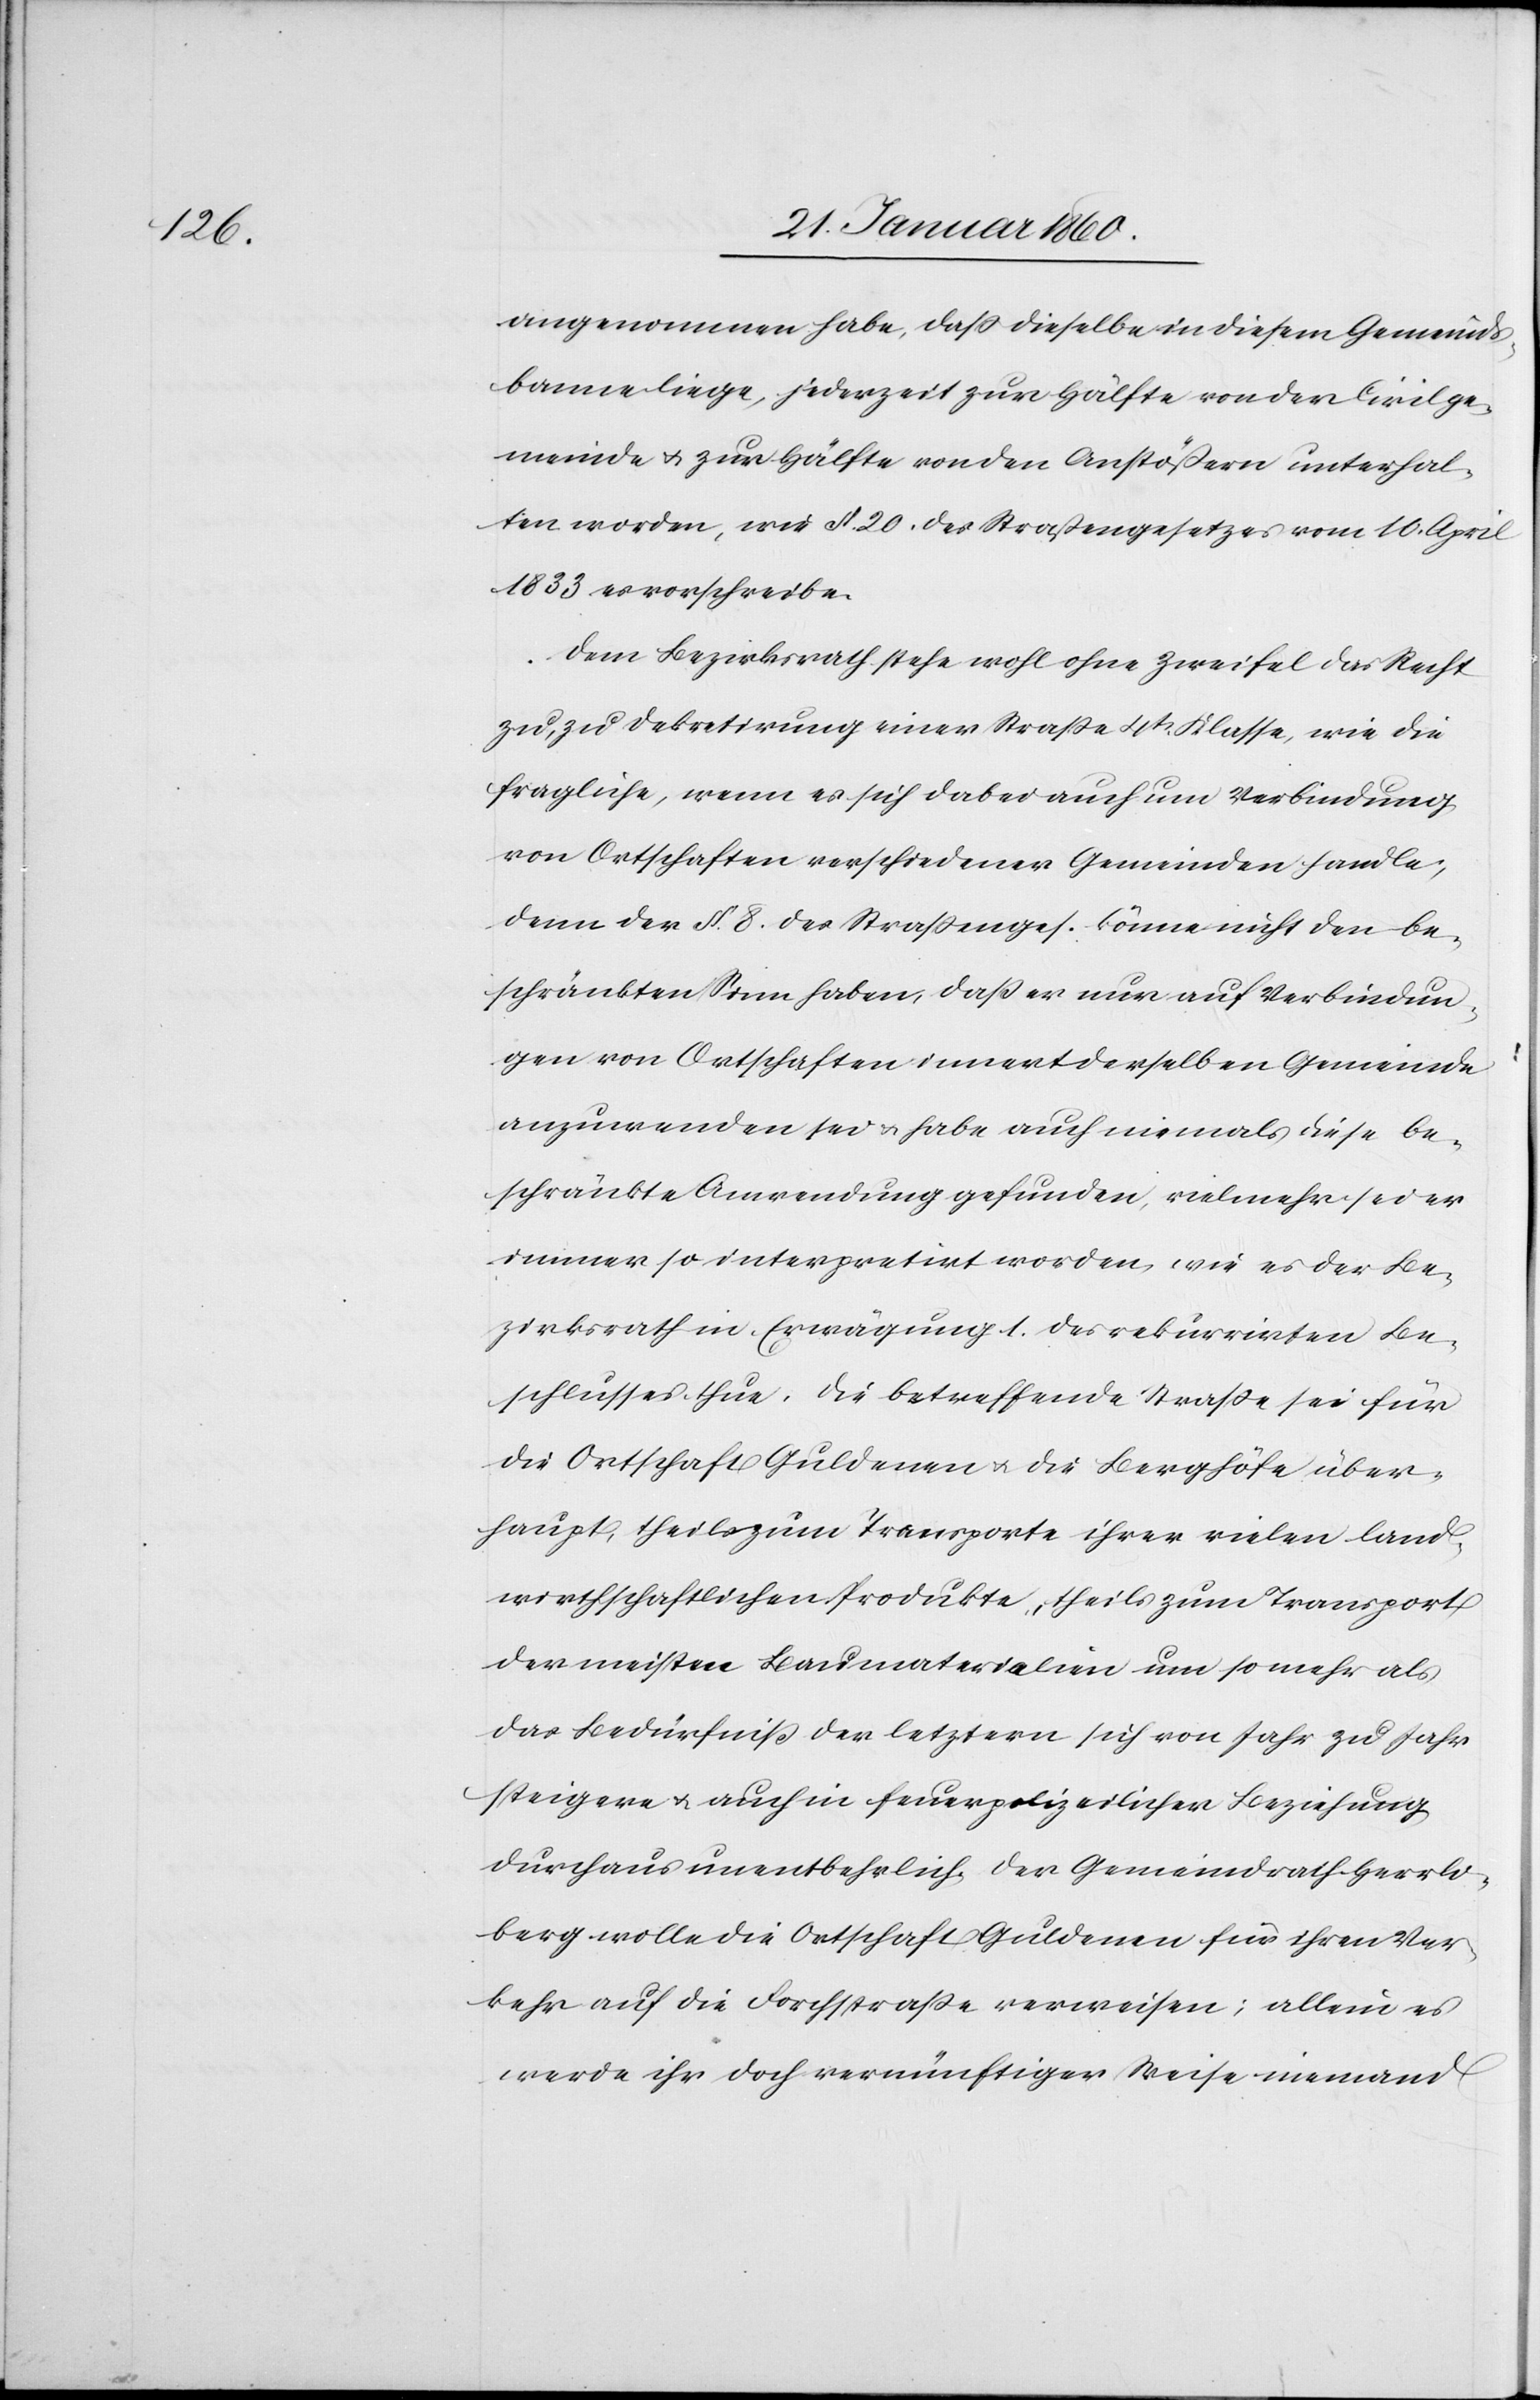
angenommen habe, dass dieselbe in diesem Gemeinds¬
banne liege, jederzeit zur Hälfe von der Civilge¬
meinde u. zur Hälfte von den Anstößern unterhal¬
ten worden, wie §. 20. des Strassengesetzes vom 10. April
1833 es vorschreibe.
Dem Bezirksrath stehe wohl ohne Zweifel das Recht
zu, zu Dekretirung einer Strasse 4t Klasse, wie die
fragliche, wenn es sich dabei auch um Verbindung
von Ortschaften verschiedener Gemeinden handle,
denn der §. 8. des Strassenges. könne nicht den be¬
schränkten Sinn haben, dass er nur auf Verbindun¬
gen von Ortschaften innert derselben Gemeinde
anzuwenden sei u. habe auch niemals diese be¬
schränkte Anwendung gefunden, vielmehr sei er
immer so interpretirt worden, wie es der Be¬
zirksrath in Erwägung 1. rekurrirten Be¬
schlusses thue. Die betreffende Strasse sei für
die Ortschaft Guldenen u. die Berghöhe über¬
haupt, theils zum Transporte ihrer vielen land¬
wirthschaftlichen Produkte, theils zum Transport
der meisten Baumaterialien um so mehr als
das Bedürfniss der letztern sich von Jahr zu Jahr
steigere u. auch in feuerpolizeilicher Beziehung
durchaus unentbehrlich. Der Gemeindrath Herrli¬
berg wolle die Ortschaft Guldenen für ihren Ver¬
kehr auf die Forchstrasse verweisen; allein es
werde ihr doch vernünftiger Weise niemand